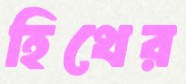
হিথের